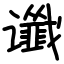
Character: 谶